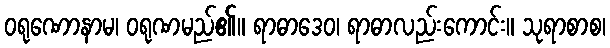
ဝရုဏောနာမ၊ ဝရုဏမည်၏။ ရာဓာဒေဝ၊ ရာဓာလည်းကောင်း။ သုရာစာစ၊